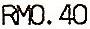
RM0.40